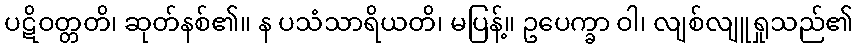
ပဋိဝတ္တတိ၊ ဆုတ်နစ်၏။ န ပသံသာရိယတိ၊ မပြန့်။ ဥပေက္ခာ ဝါ၊ လျစ်လျူရှုသည်၏